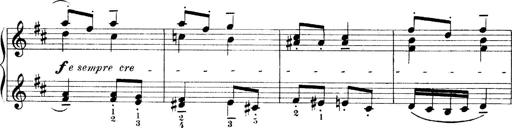
Title: 4 Sonatines
Composer: Max Reger